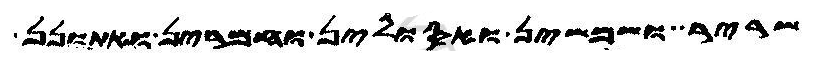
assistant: שריר ושמשין ואסולין וחמרין אתונן